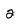
Character: 2